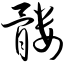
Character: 髅